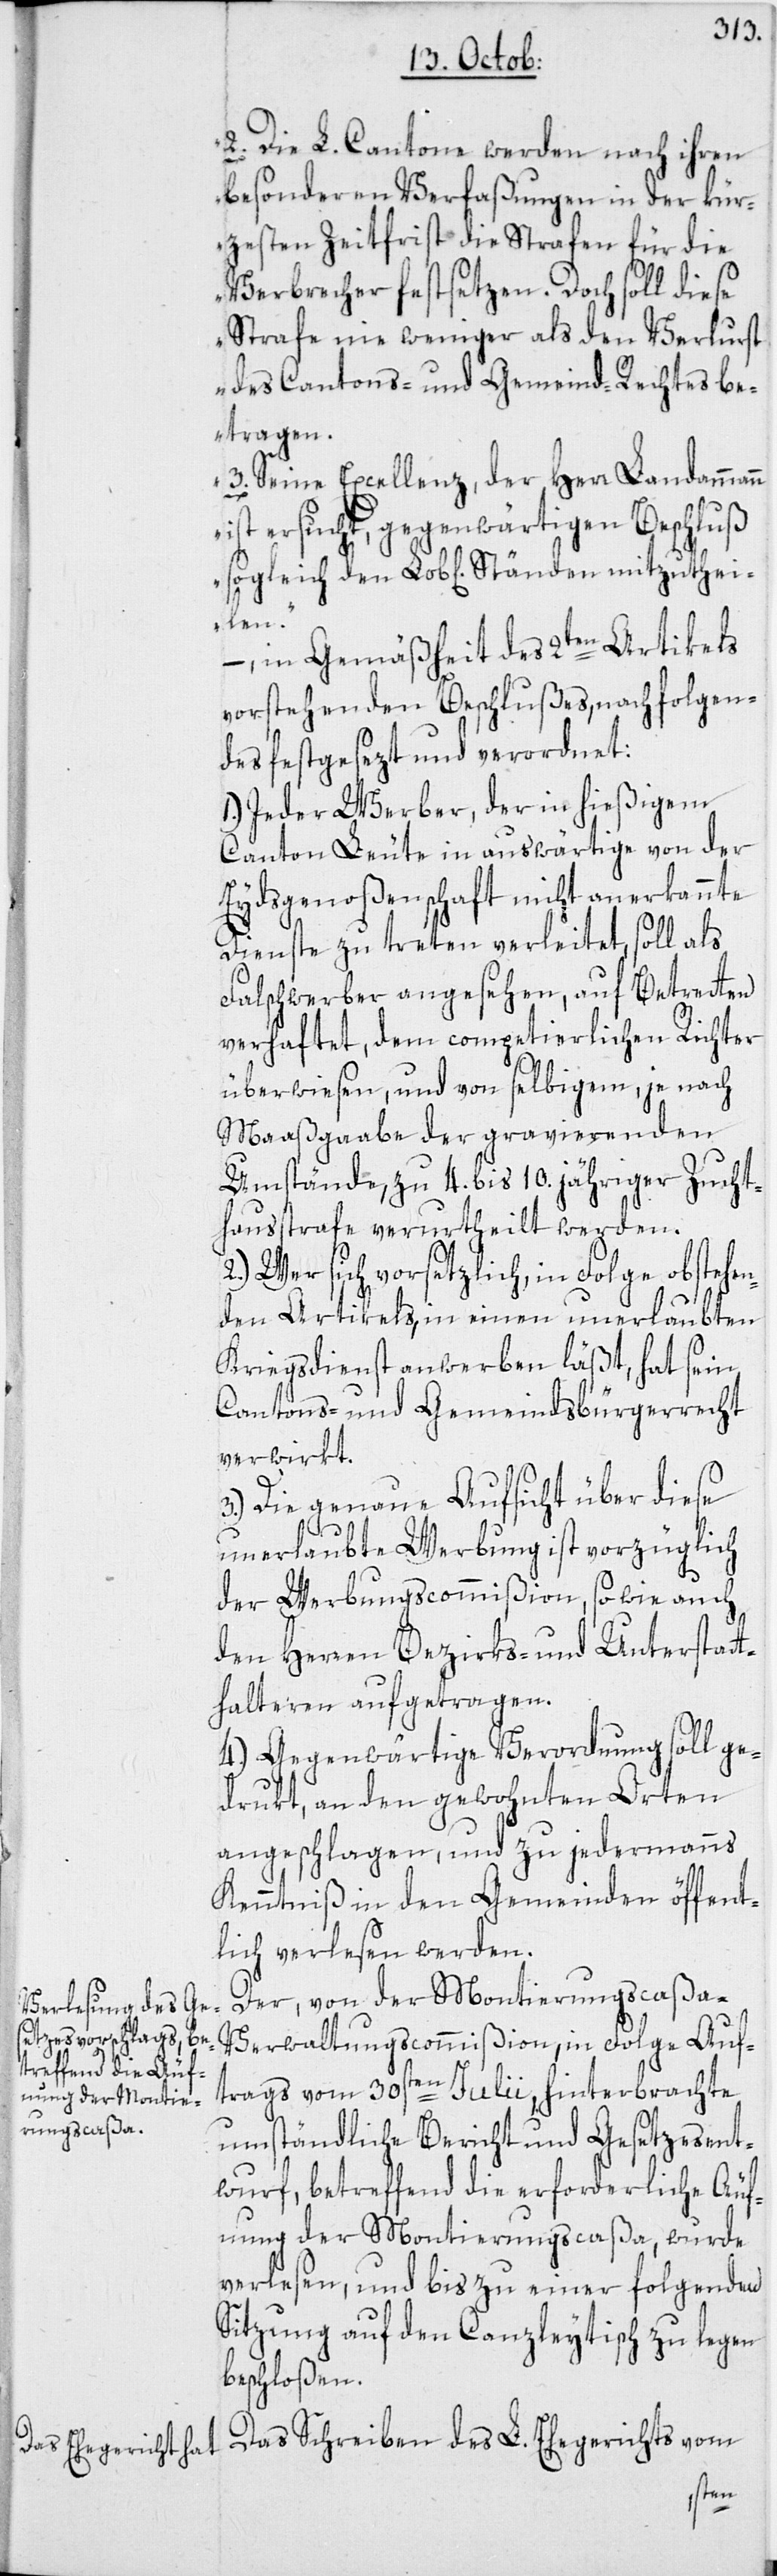
2. Die L. Cantone werden nach ihren
besonderen Verfaßungen in der kür¬
zesten Zeitfrist die Strafen für die
Verbrecher festsetzen. Doch soll diese
Strafe nie weniger als den Verlurst
des Cantons- und Gemeind-Rechtes be¬
tragen.
3. Seine Excellenz, der Herr Landammann
ist ersucht, gegenwärtigen Beschluß
sogleich den Lob[lichen] Ständen mitzuthei¬
len“.
–, in Gemäßheit des 2ten Artikels
vorstehenden Beschlußes, nachfolgen¬
des festgesezt und verordnet:
1.) Jeder Werber, der in hießigem
Canton Leute in auswärtige von der
Eydsgenoßenschaft nicht anerkannte
Dienste zu treten verleitet, soll als
Falschwerber angesehen, auf Betretten
verhaftet, dem competierlichen Richter
überwiesen, und von selbigem, je nach
Maaßgabe der gravierenden
Umstände, zu 4. bis 10. jähriger Zucht¬
hausstrafe verurtheilt werden.
2.) Wer sich vorsetzlich, in Folge obstehen¬
den Artikels, in einen unerlaubten
Kriegsdienst anwerben läßt, hat sein
Cantons- und Gemeindsbürgerrecht
verwirkt.
3.) Die genaue Aufsicht über diese
unerlaubte Werbung ist vorzüglich
der Werbungscommißion, so wie auch
den Herren Bezirks- und Unterstat¬
thalteren aufgetragen.
4.) Gegenwärtige Verordnung soll ge¬
druckt, an den gewohnten Orten
angeschlagen und zu jedermanns
Kenntniß in den Gemeinden öffent¬
lich verlesen werden.
Der, von der Montierungscaßa-V¬
erwaltungscommißion, in Folge Auft¬
rags vom 30sten Julii, hinterbrachte
umständliche Bericht und Gesetzesent¬
wurf, betreffend die erforderliche Äuf¬
nung der Montierungscaßa, wurde
verlesen, und bis zu einer folgenden
Sitzung auf den Canzleytisch zu legen
beschloßen.